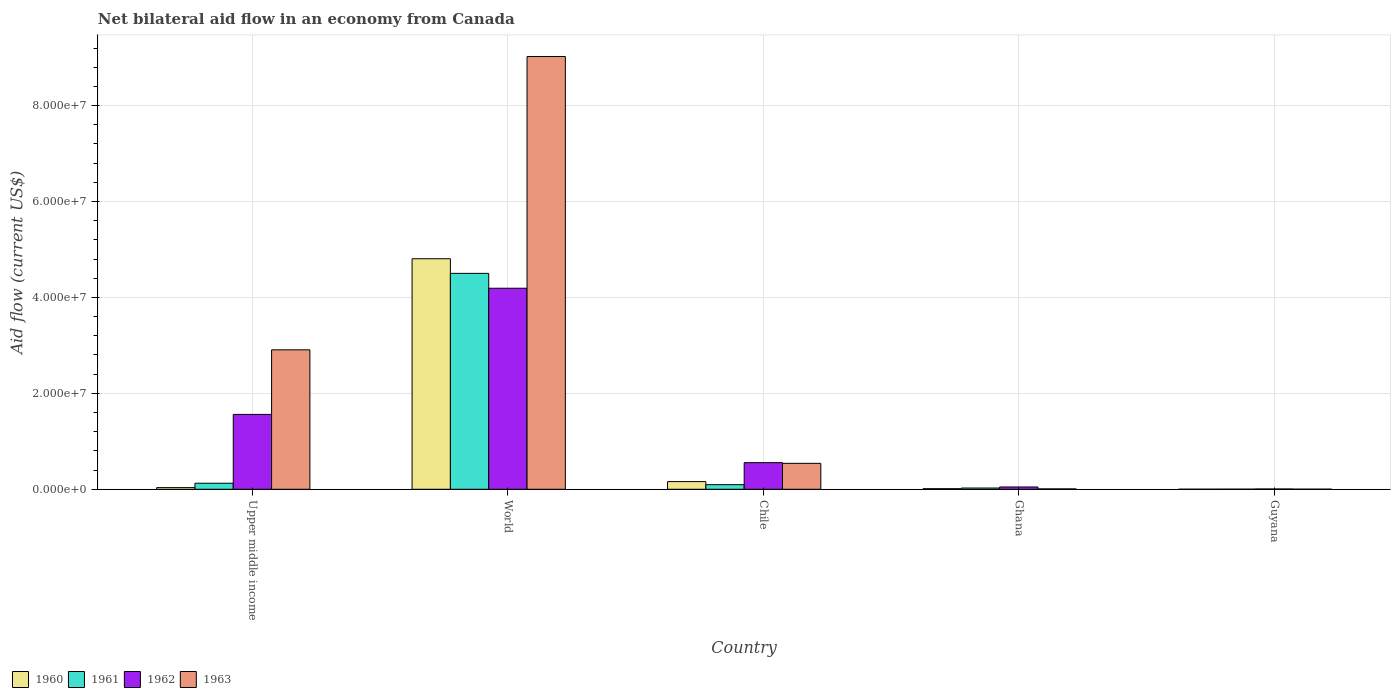
| Country | 1960 | 1961 | 1962 | 1963 |
 | --- | --- | --- | --- | --- |
 | Upper middle income | 3.5e+05 | 1.26e+06 | 1.56e+07 | 2.91e+07 |
 | World | 4.81e+07 | 4.5e+07 | 4.19e+07 | 9.02e+07 |
 | Chile | 1.6e+06 | 9.6e+05 | 5.55e+06 | 5.41e+06 |
 | Ghana | 1.2e+05 | 2.6e+05 | 4.8e+05 | 8e+04 |
 | Guyana | 1e+04 | 2e+04 | 6e+04 | 2e+04 |